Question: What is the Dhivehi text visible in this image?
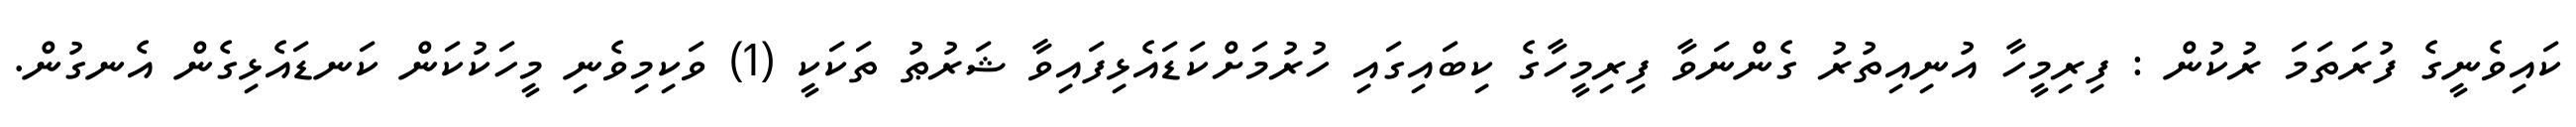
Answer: ކައިވެނީގެ ފުރަތަމަ ރުކުން : ފިރިމީހާ އުނިއިތުރު ގެންނަވާ ފިރިމީހާގެ ކިބައިގައި ހުރުމަށްކަޑައެޅިފައިވާ ޝަރުޠު ތަކަކީ (1) ވަކިމިވެނި މީހަކުކަން ކަނޑައެޅިގެން އެނގުން.